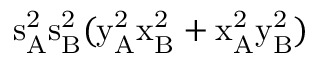
\mathrm { s _ { A } ^ { 2 } \mathrm { s _ { B } ^ { 2 } ( \mathrm { y _ { A } ^ { 2 } \mathrm { x _ { B } ^ { 2 } + \mathrm { x _ { A } ^ { 2 } \mathrm { y _ { B } ^ { 2 } ) } } } } } }